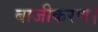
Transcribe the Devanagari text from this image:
बाजीकरण।